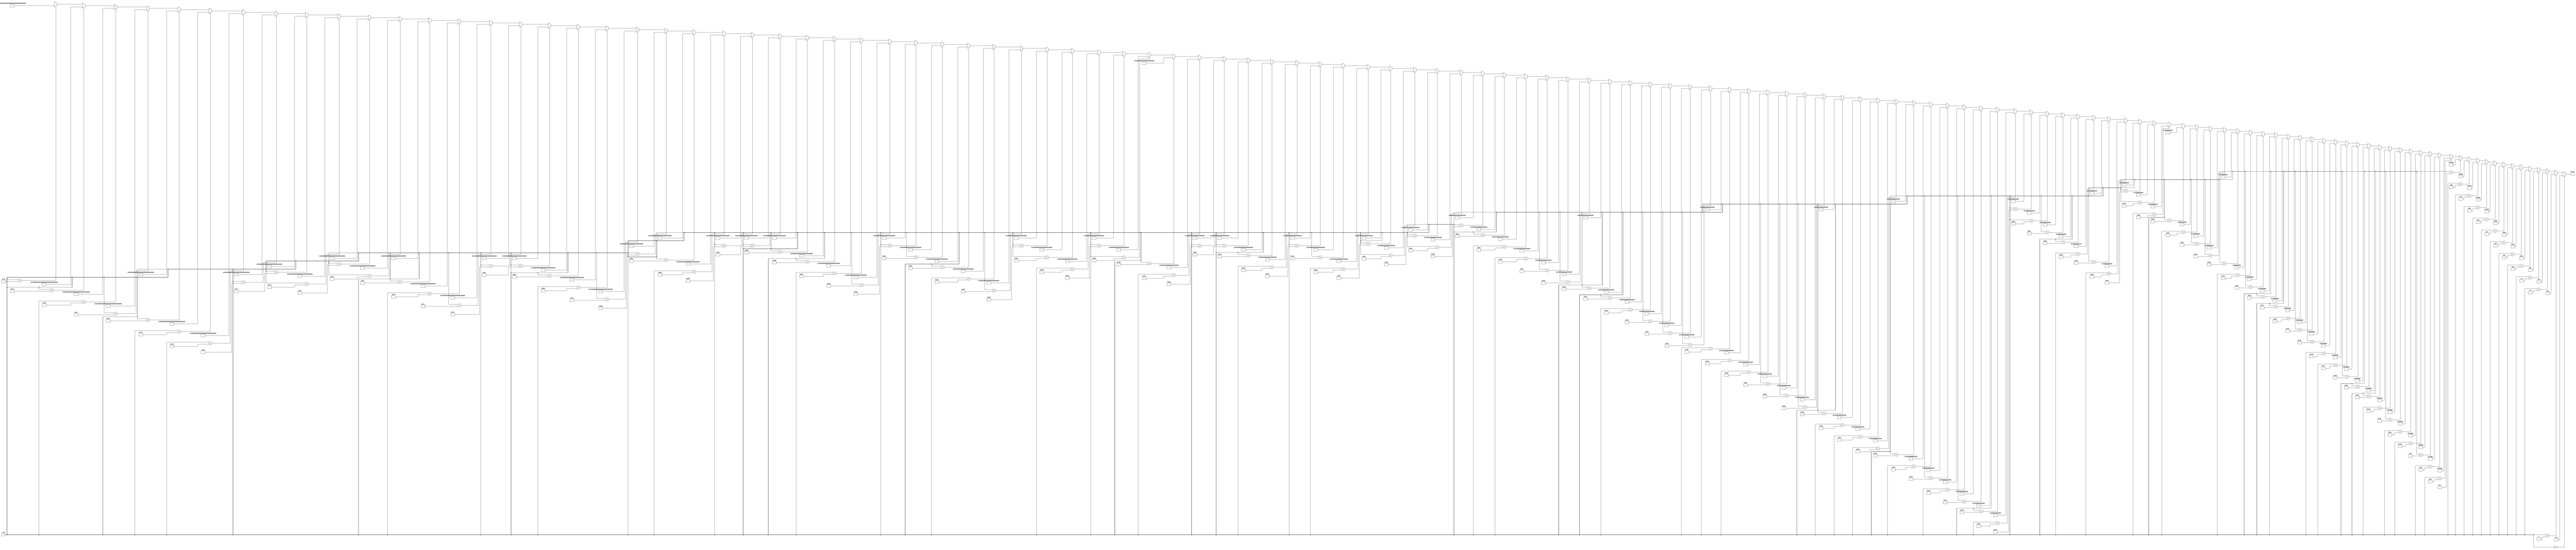
module Decoder_7_128(tag, block);

input [6:0] tag;

output [127:0] block;

assign block = (tag == 0) ? 128'h00000000000000000000000000000001 :
				(tag == 1) ? 128'h00000000000000000000000000000002 :
				(tag == 2) ? 128'h00000000000000000000000000000004 :
				(tag == 3) ? 128'h00000000000000000000000000000008 :
				(tag == 4) ? 128'h00000000000000000000000000000010 :
				(tag == 5) ? 128'h00000000000000000000000000000020 :
				(tag == 6) ? 128'h00000000000000000000000000000040 :
				(tag == 7) ? 128'h00000000000000000000000000000080 :
				(tag == 8) ? 128'h00000000000000000000000000000100 :
				(tag == 9) ? 128'h00000000000000000000000000000200 :
				(tag == 10) ? 128'h00000000000000000000000000000400 :
				(tag == 11) ? 128'h00000000000000000000000000000800 :
				(tag == 12) ? 128'h00000000000000000000000000001000 :
				(tag == 13) ? 128'h00000000000000000000000000002000 :
				(tag == 14) ? 128'h00000000000000000000000000004000 :
				(tag == 15) ? 128'h00000000000000000000000000008000 :
				(tag == 16) ? 128'h00000000000000000000000000010000 :
				(tag == 17) ? 128'h00000000000000000000000000020000 :
				(tag == 18) ? 128'h00000000000000000000000000040000 :
				(tag == 19) ? 128'h00000000000000000000000000080000 :
				(tag == 20) ? 128'h00000000000000000000000000100000 :
				(tag == 21) ? 128'h00000000000000000000000000200000 :
				(tag == 22) ? 128'h00000000000000000000000000400000 :
				(tag == 23) ? 128'h00000000000000000000000000800000 :
				(tag == 24) ? 128'h00000000000000000000000001000000 :
				(tag == 25) ? 128'h00000000000000000000000002000000 :
				(tag == 26) ? 128'h00000000000000000000000004000000 :
				(tag == 27) ? 128'h00000000000000000000000008000000 :
				(tag == 28) ? 128'h00000000000000000000000010000000 :
				(tag == 29) ? 128'h00000000000000000000000020000000 :
				(tag == 30) ? 128'h00000000000000000000000040000000 :
				(tag == 31) ? 128'h00000000000000000000000080000000 :
				(tag == 32) ? 128'h00000000000000000000000100000000 :
				(tag == 33) ? 128'h00000000000000000000000200000000 :
				(tag == 34) ? 128'h00000000000000000000000400000000 :
				(tag == 35) ? 128'h00000000000000000000000800000000 :
				(tag == 36) ? 128'h00000000000000000000001000000000 :
				(tag == 37) ? 128'h00000000000000000000002000000000 :
				(tag == 38) ? 128'h00000000000000000000004000000000 :
				(tag == 39) ? 128'h00000000000000000000008000000000 :
				(tag == 40) ? 128'h00000000000000000000010000000000 :
				(tag == 41) ? 128'h00000000000000000000020000000000 :
				(tag == 42) ? 128'h00000000000000000000040000000000 :
				(tag == 43) ? 128'h00000000000000000000080000000000 :
				(tag == 44) ? 128'h00000000000000000000100000000000 :
				(tag == 45) ? 128'h00000000000000000000200000000000 :
				(tag == 46) ? 128'h00000000000000000000400000000000 :
				(tag == 47) ? 128'h00000000000000000000800000000000 :
				(tag == 48) ? 128'h00000000000000000001000000000000 :
				(tag == 49) ? 128'h00000000000000000002000000000000 :
				(tag == 50) ? 128'h00000000000000000004000000000000 :
				(tag == 51) ? 128'h00000000000000000008000000000000 :
				(tag == 52) ? 128'h00000000000000000010000000000000 :
				(tag == 53) ? 128'h00000000000000000020000000000000 :
				(tag == 54) ? 128'h00000000000000000040000000000000 :
				(tag == 55) ? 128'h00000000000000000080000000000000 :
				(tag == 56) ? 128'h00000000000000000100000000000000 :
				(tag == 57) ? 128'h00000000000000000200000000000000 :
				(tag == 58) ? 128'h00000000000000000400000000000000 :
				(tag == 59) ? 128'h00000000000000000800000000000000 :
				(tag == 60) ? 128'h00000000000000001000000000000000 :
				(tag == 61) ? 128'h00000000000000002000000000000000 :
				(tag == 62) ? 128'h00000000000000004000000000000000 :
				(tag == 63) ? 128'h00000000000000008000000000000000 :
				(tag == 64) ? 128'h00000000000000010000000000000000 :
				(tag == 65) ? 128'h00000000000000020000000000000000 :
				(tag == 66) ? 128'h00000000000000040000000000000000 :
				(tag == 67) ? 128'h00000000000000080000000000000000 :
				(tag == 68) ? 128'h00000000000000100000000000000000 :
				(tag == 69) ? 128'h00000000000000200000000000000000 :
				(tag == 70) ? 128'h00000000000000400000000000000000 :
				(tag == 71) ? 128'h00000000000000800000000000000000 :
				(tag == 72) ? 128'h00000000000001000000000000000000 :
				(tag == 73) ? 128'h00000000000002000000000000000000 :
				(tag == 74) ? 128'h00000000000004000000000000000000 :
				(tag == 75) ? 128'h00000000000008000000000000000000 :
				(tag == 76) ? 128'h00000000000010000000000000000000 :
				(tag == 77) ? 128'h00000000000020000000000000000000 :
				(tag == 78) ? 128'h00000000000040000000000000000000 :
				(tag == 79) ? 128'h00000000000080000000000000000000 :
				(tag == 80) ? 128'h00000000000100000000000000000000 :
				(tag == 81) ? 128'h00000000000200000000000000000000 :
				(tag == 82) ? 128'h00000000000400000000000000000000 :
				(tag == 83) ? 128'h00000000000800000000000000000000 :
				(tag == 84) ? 128'h00000000001000000000000000000000 :
				(tag == 85) ? 128'h00000000002000000000000000000000 :
				(tag == 86) ? 128'h00000000004000000000000000000000 :
				(tag == 87) ? 128'h00000000008000000000000000000000 :
				(tag == 88) ? 128'h00000000010000000000000000000000 :
				(tag == 89) ? 128'h00000000020000000000000000000000 :
				(tag == 90) ? 128'h00000000040000000000000000000000 :
				(tag == 91) ? 128'h00000000080000000000000000000000 :
				(tag == 92) ? 128'h00000000100000000000000000000000 :
				(tag == 93) ? 128'h00000000200000000000000000000000 :
				(tag == 94) ? 128'h00000000400000000000000000000000 :
				(tag == 95) ? 128'h00000000800000000000000000000000 :
				(tag == 96) ? 128'h00000001000000000000000000000000 :
				(tag == 97) ? 128'h00000002000000000000000000000000 :
				(tag == 98) ? 128'h00000004000000000000000000000000 :
				(tag == 99) ? 128'h00000008000000000000000000000000 :
				(tag == 100) ? 128'h00000010000000000000000000000000 :
				(tag == 101) ? 128'h00000020000000000000000000000000 :
				(tag == 102) ? 128'h00000040000000000000000000000000 :
				(tag == 103) ? 128'h00000080000000000000000000000000 :
				(tag == 104) ? 128'h00000100000000000000000000000000 :
				(tag == 105) ? 128'h00000200000000000000000000000000 :
				(tag == 106) ? 128'h00000400000000000000000000000000 :
				(tag == 107) ? 128'h00000800000000000000000000000000 :
				(tag == 108) ? 128'h00001000000000000000000000000000 :
				(tag == 109) ? 128'h00002000000000000000000000000000 :
				(tag == 110) ? 128'h00004000000000000000000000000000 :
				(tag == 111) ? 128'h00008000000000000000000000000000 :
				(tag == 112) ? 128'h00010000000000000000000000000000 :
				(tag == 113) ? 128'h00020000000000000000000000000000 :
				(tag == 114) ? 128'h00040000000000000000000000000000 :
				(tag == 115) ? 128'h00080000000000000000000000000000 :
				(tag == 116) ? 128'h00100000000000000000000000000000 :
				(tag == 117) ? 128'h00200000000000000000000000000000 :
				(tag == 118) ? 128'h00400000000000000000000000000000 :
				(tag == 119) ? 128'h00800000000000000000000000000000 :
				(tag == 120) ? 128'h01000000000000000000000000000000 :
				(tag == 121) ? 128'h02000000000000000000000000000000 :
				(tag == 122) ? 128'h04000000000000000000000000000000 :
				(tag == 123) ? 128'h08000000000000000000000000000000 :
				(tag == 124) ? 128'h10000000000000000000000000000000 :
				(tag == 125) ? 128'h20000000000000000000000000000000 :
				(tag == 126) ? 128'h40000000000000000000000000000000 :
				(tag == 127) ? 128'h80000000000000000000000000000000 :
				128'hxxxxxxxxxxxxxxxxxxxxxxxxxxxxxxx;


endmodule